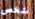
شخص